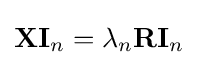
\mathbf {X} \mathbf {I} _{n}=\lambda _{n}\mathbf {R} \mathbf {I} _{n}